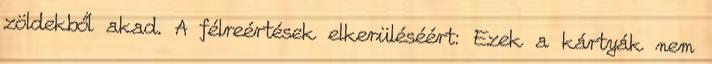
zöldekből akad. A félreértések elkerüléséért: Ezek a kártyák nem